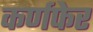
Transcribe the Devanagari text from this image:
कर्णफेर